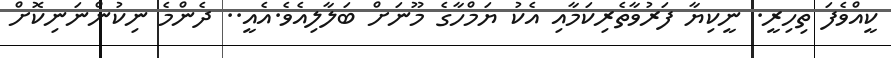
ކީއްވެފަ ތިހިރީ. ނީކިޔާ ފަރުވާތެރިކަމާއި އެކު ޔަމްހާގެ މޫނަށް ބަލާލިއެވެ.އެއީ.. ދެންމެ ނިކުންނަނިކޮށް